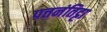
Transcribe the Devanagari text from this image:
पत्तनंतिट्टा